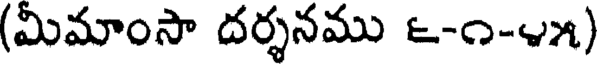
(మిమాంసా దర్శనము ౬-౧-౪౫)